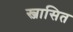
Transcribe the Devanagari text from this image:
स्जासित